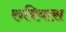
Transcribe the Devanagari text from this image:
रुबियास